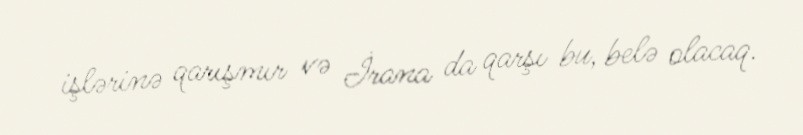
işlərinə qarışmır və İrana da qarşı bu, belə olacaq.